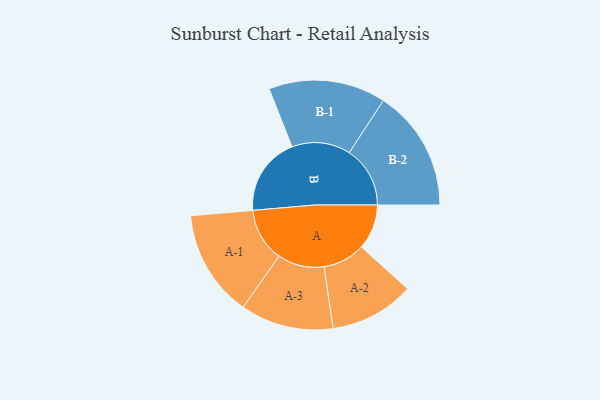
{"axis": {"x": "Segment", "y": "Value"}, "legend": ["", "A", "B"], "data": [{"x": "A", "y": 221, "type": ""}, {"x": "B", "y": 385, "type": ""}, {"x": "A-1", "y": 262, "type": "A"}, {"x": "A-2", "y": 207, "type": "A"}, {"x": "A-3", "y": 228, "type": "A"}, {"x": "B-1", "y": 287, "type": "B"}, {"x": "B-2", "y": 298, "type": "B"}]}